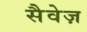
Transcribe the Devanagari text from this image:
सैवेज़